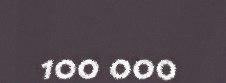
100 000